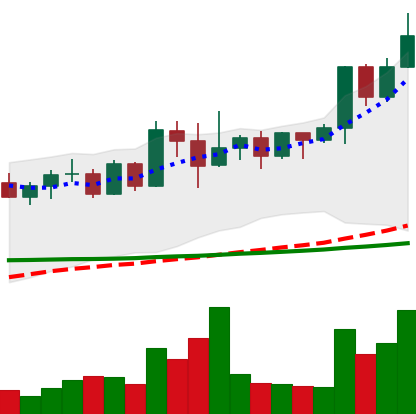
Ticker: XMR-USD
Chart end date: 2022-04-21
Forward return: -17.954%
Label: down_7plus